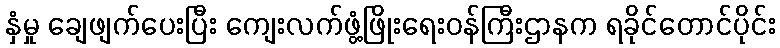
နှံမှု ချေဖျက်ပေးပြီး ကျေးလက်ဖွံ့ဖြိုးရေးဝန်ကြီးဌာနက ရခိုင်တောင်ပိုင်း